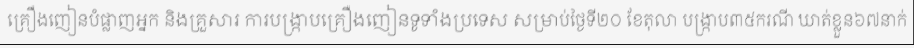
គ្រឿងញៀនបំផ្លាញអ្នក និងគ្រួសារ ការបង្ក្រាបគ្រឿងញៀនទូទាំងប្រទេស សម្រាប់ថ្ងៃទី២០ ខែតុលា បង្ក្រាប៣៥ករណី ឃាត់ខ្លួន៦៧នាក់